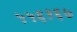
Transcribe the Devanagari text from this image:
५५६१६७